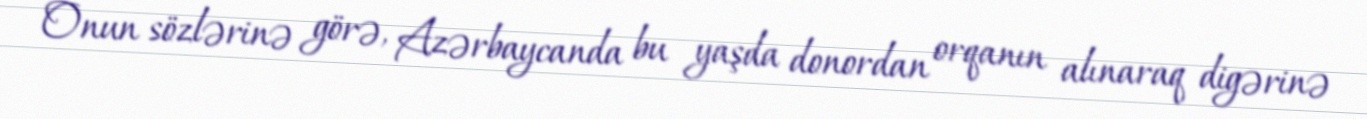
Onun sözlərinə görə, Azərbaycanda bu yaşda donordan orqanın alınaraq digərinə